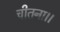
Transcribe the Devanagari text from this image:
चीतना।।